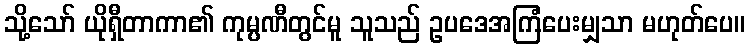
သို့သော် ယိုရှီတာကာ၏ ကုမ္ပဏီတွင်မူ သူသည် ဥပဒေအကြံပေးမျှသာ မဟုတ်ပေ။